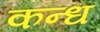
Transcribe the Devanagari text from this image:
कन्ध